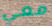
معي